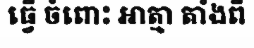
ធ្វើ ចំពោះ អាត្មា តាំងពី